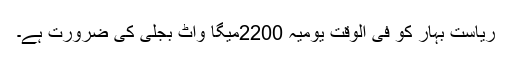
ریاست بہار کو فی الوقت یومیہ 2200میگا واٹ بجلی کی ضرورت ہے۔